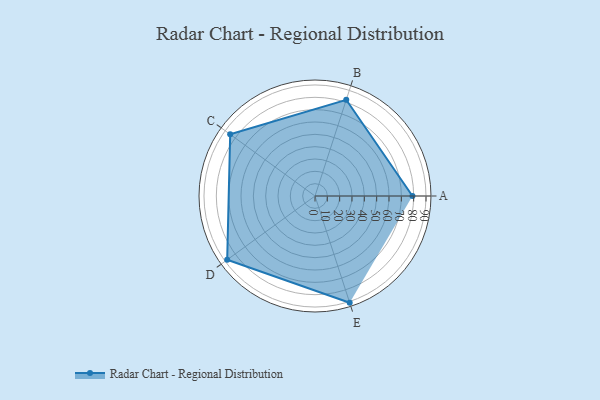
{"axis": {"x": "Skill", "y": "Score"}, "legend": ["Profile"], "data": [{"x": "A", "y": 79.0, "type": "Profile"}, {"x": "B", "y": 82.0, "type": "Profile"}, {"x": "C", "y": 85.0, "type": "Profile"}, {"x": "D", "y": 88.0, "type": "Profile"}, {"x": "E", "y": 91.0, "type": "Profile"}]}